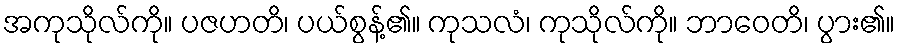
အကုသိုလ်ကို။ ပဇဟတိ၊ ပယ်စွန့်၏။ ကုသလံ၊ ကုသိုလ်ကို။ ဘာဝေတိ၊ ပွား၏။